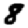
Digit: 8